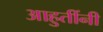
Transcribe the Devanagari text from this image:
आहुतींनी